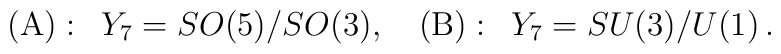
({\rm A}):\, \,\, Y_7=SO(5)/SO(3),\quad ({\rm B}):\, \,\, Y_7=SU(3)/U(1)\, .